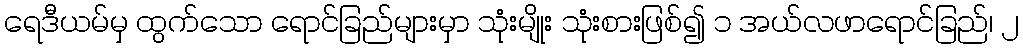
ရေဒီယမ်မှ ထွက်သော ရောင်ခြည်များမှာ သုံးမျိုး သုံးစားဖြစ်၍ ၁ အယ်လဖာရောင်ခြည်၊ ၂